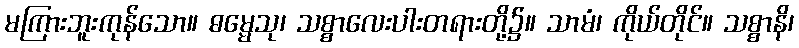
မကြားဘူးကုန်သော။ ဓမ္မေသု၊ သစ္စာလေးပါးတရားတို့၌။ သာမံ၊ ကိုယ်တိုင်။ သစ္စာနိ၊